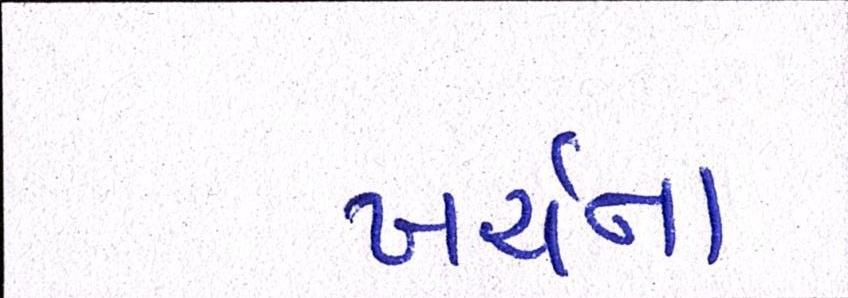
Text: ખર્ચના